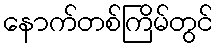
နောက်တစ်ကြိမ်တွင်